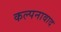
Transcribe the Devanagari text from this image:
कल्पनावाद